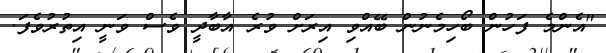
"އެންމެ ފަހުން ބޯހިމެނުން ބޭއްވި އިރަށް ވުރެ އާބާދީ ވެސް ވަނީ އިތުރުވެފަ.